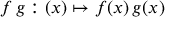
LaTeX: f \, g : ( x ) \mapsto f ( x ) \, g ( x )